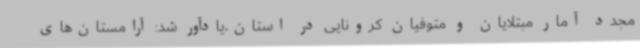
مجدد آمار مبتلایان و متوفیان کرونایی در استان،یادآور شد: آرامستان‌های